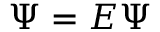
\Psi = E \boldsymbol { \Psi }